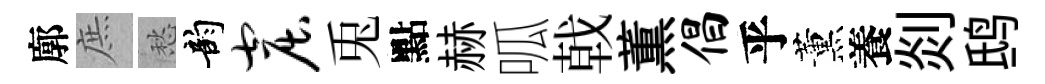
廓庶愁韵窟兎點赫呱戟薫倡乎薰養剡鸱